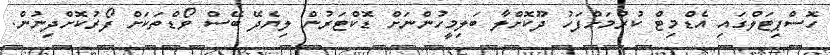
ހޮސްޕިޓަލްގައި އެޑްމިޓް ކުރުމަށްފަހު ދޫކޮށްލާ ބަލިމީހުންނަށް ޑޮކްޓަރުން ލިޔެދޭ ބޭސް ވޯޑްތަކަށް ފޯރުކޮށްދިނުން.